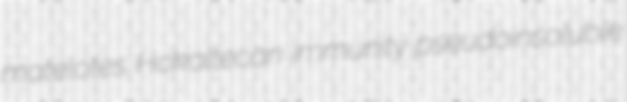
matelotes Hokaltecan immunity pseudoinsoluble